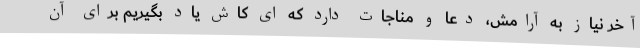
آخر نیاز به آرامش، دعا و مناجات دارد که ای کاش یاد بگیریم برای آن